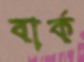
বার্ক